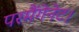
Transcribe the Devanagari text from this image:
परमैंगेनेट।